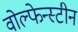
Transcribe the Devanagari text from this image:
वोल्फेन्स्टीन